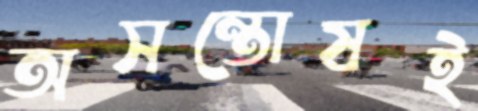
অসন্তোষই